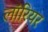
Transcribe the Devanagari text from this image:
लॉरियर